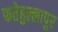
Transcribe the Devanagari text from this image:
फतेहुल्लापुर